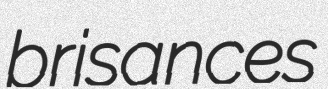
brisances